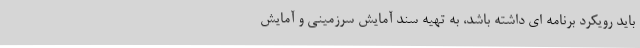
باید رویکرد برنامه ای داشته باشد، به تهیه سند آمایش سرزمینی و آمایش